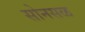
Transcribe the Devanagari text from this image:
सोनसळ